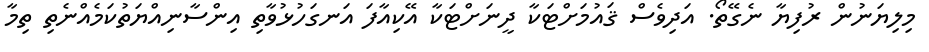
މިލިޔަނުން ރުފިޔާ ނެގޭތޯ. އަދިވެސް ޤައުމަށްޓަކާ ދީނަށްޓަކާ އޭކިއާފަ އަނގަހުޅުވާތި އިންސާނިއްޔަތުކަމެއްނެތި ތިމާ